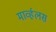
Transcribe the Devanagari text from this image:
मार्व्हलस